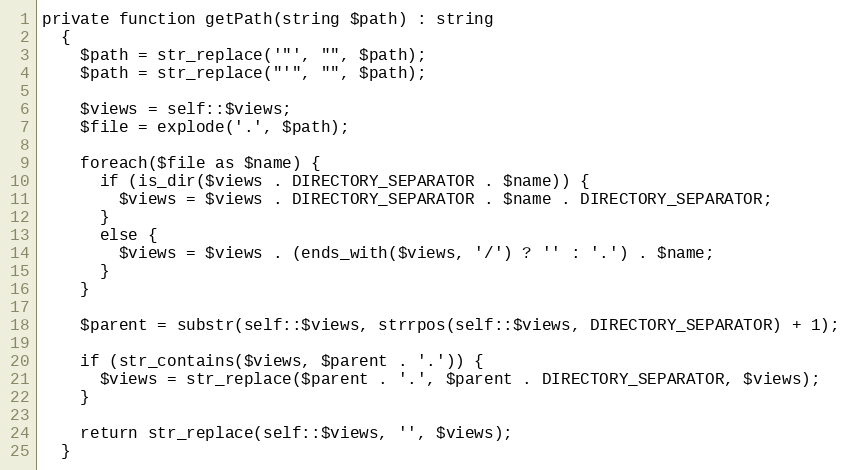
Language: PHP
private function getPath(string $path) : string
  {
    $path = str_replace('"', "", $path);
    $path = str_replace("'", "", $path);

    $views = self::$views;
    $file = explode('.', $path);

    foreach($file as $name) {
      if (is_dir($views . DIRECTORY_SEPARATOR . $name)) {
        $views = $views . DIRECTORY_SEPARATOR . $name . DIRECTORY_SEPARATOR;
      }
      else {
        $views = $views . (ends_with($views, '/') ? '' : '.') . $name;
      }
    }

    $parent = substr(self::$views, strrpos(self::$views, DIRECTORY_SEPARATOR) + 1);

    if (str_contains($views, $parent . '.')) {
      $views = str_replace($parent . '.', $parent . DIRECTORY_SEPARATOR, $views);
    }

    return str_replace(self::$views, '', $views);
  }